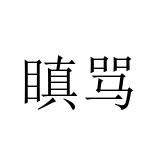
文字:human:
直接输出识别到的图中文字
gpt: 瞋骂